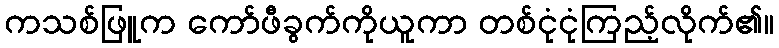
ကသစ်ဖြူက ကော်ဖီခွက်ကိုယူကာ တစ်ငုံငုံကြည့်လိုက်၏။